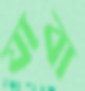
যাবা